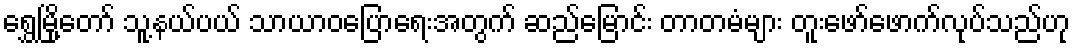
ရွှေမြို့တော် သူ့နယ်ပယ် သာယာဝပြောရေးအတွက် ဆည်မြောင်း တာတမံများ တူးဖော်ဖောက်လုပ်သည်ဟု